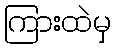
ကြားထဲမှ